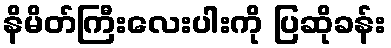
နိမိတ်ကြီးလေးပါးကို ပြဆိုခန်း